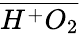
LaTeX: \overline{{H^{+}O_{2}}}